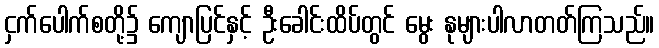
ငှက်ပေါက်စတို့၌ ကျောပြင်နှင့် ဦးခေါင်းထိပ်တွင် မွေး နုများပါလာတတ်ကြသည်။